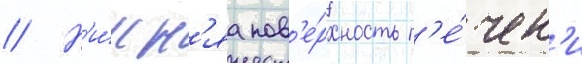
// Н'и́жн'яа пов'е́рхность п'е́чен'и